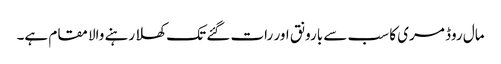
مال روڈ مری کا سب سے بارونق اور رات گئے تک کھلا رہنے والا مقام ہے۔